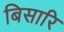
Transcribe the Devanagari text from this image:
बिसारि